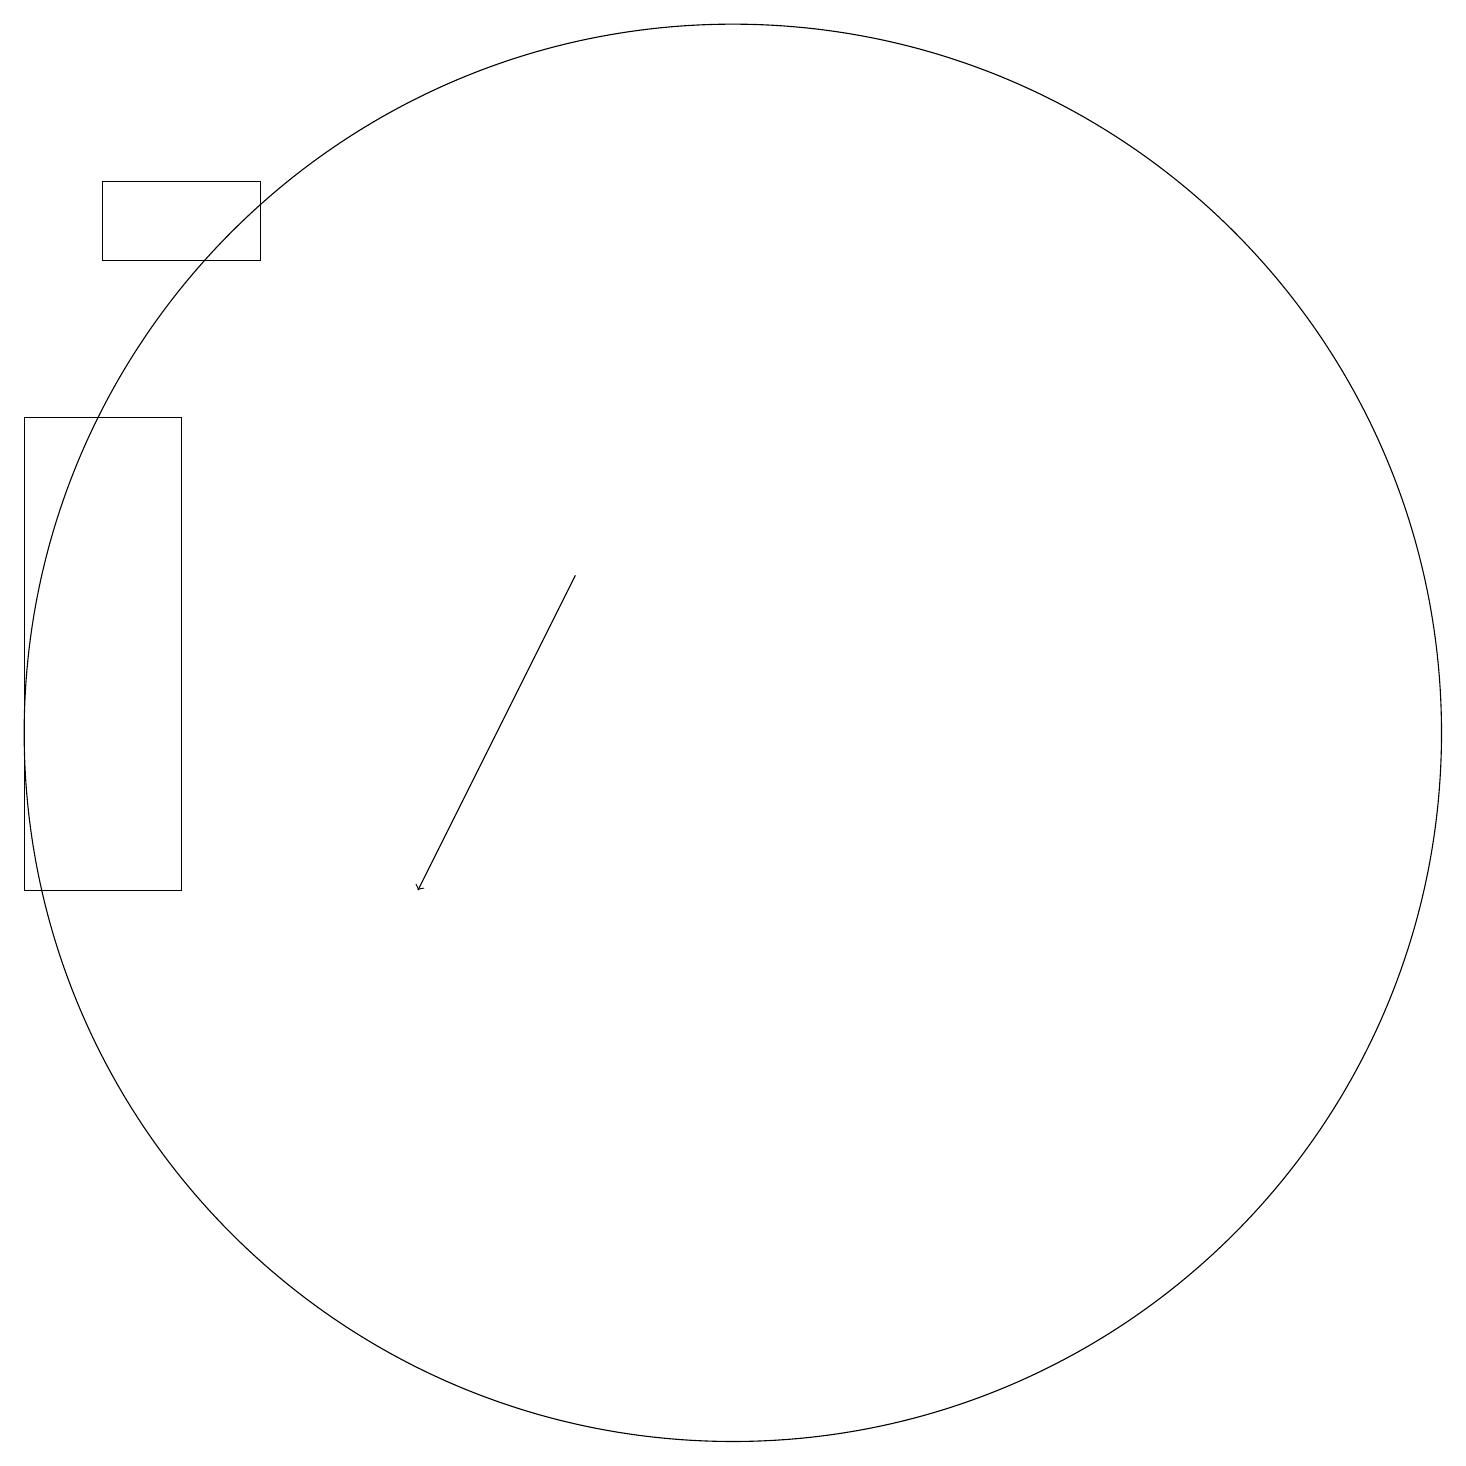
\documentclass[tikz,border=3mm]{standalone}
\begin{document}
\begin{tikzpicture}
\draw (3,19) rectangle (5,18);
\draw (4,16) rectangle (2,10);
\draw[->] (9,14) -- (7,10);
\draw (11,12) circle (9);
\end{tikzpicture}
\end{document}